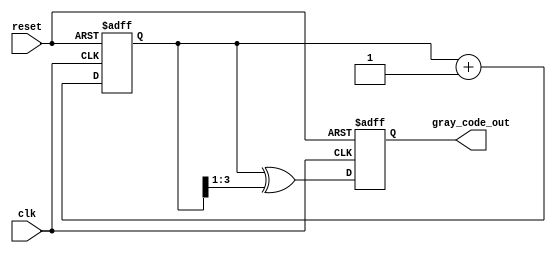
module gray_code_counter #(
    parameter N = 4  // Number of bits for the counter
)(
    input wire clk,          // Clock signal
    input wire reset,        // Asynchronous reset signal
    output reg [N-1:0] gray_code_out // Current Gray code output
);

    reg [N-1:0] binary_count; // Binary counter to keep track of count

    // Convert binary to Gray code
    function [N-1:0] binary_to_gray;
        input [N-1:0] binary;
        begin
            binary_to_gray = binary ^ (binary >> 1);
        end
    endfunction

    // Asynchronous reset and counting logic
    always @(posedge clk or posedge reset) begin
        if (reset) begin
            binary_count <= 0; // Reset binary count to 0
            gray_code_out <= binary_to_gray(0); // Reset Gray code output
        end else begin
            binary_count <= binary_count + 1; // Increment binary count
            gray_code_out <= binary_to_gray(binary_count); // Update Gray code output
        end
    end

endmodule